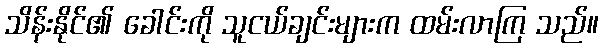
သိန်းနိုင်၏ ခေါင်းကို သူငယ်ချင်းများက ထမ်းလာကြ သည်။